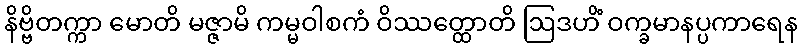
နိဗ္ဗိတက္ကာ မောတိ မဇ္ဇာမိ ကမ္မဝါစကံ ဝိဿတ္ထောတိ ဩဒဟိံ ဝက္ခမာနပ္ပကာရေန